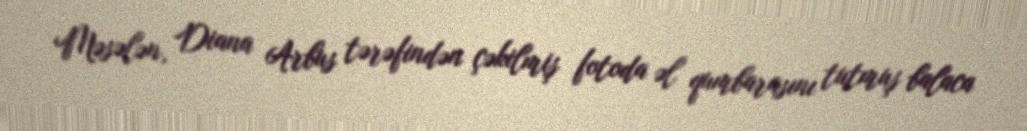
Məsələn, Diana Arbus tərəfindən çəkilmiş fotoda əl qumbarasını tutmuş balaca